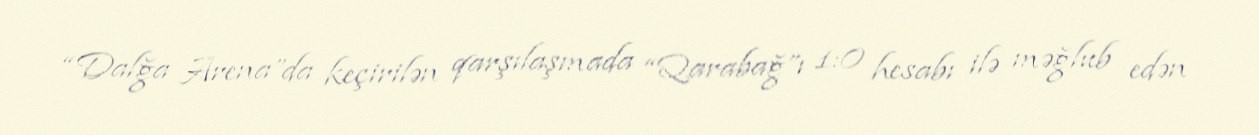
“Dalğa Arena”da keçirilən qarşılaşmada “Qarabağ”ı 1:0 hesabı ilə məğlub edən